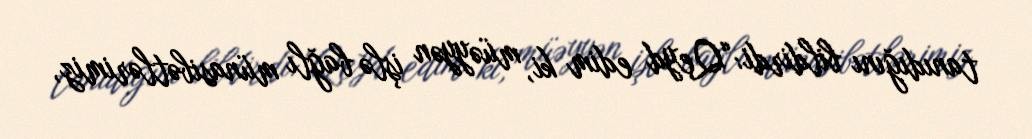
tanıdığını bildirdi:“Qeyd edim ki, müəyyən işlə bağlı münasibətlərimiz,